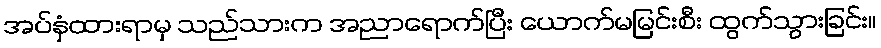
အပ်နှံထားရာမှ သည်သားက အညာရောက်ပြီး ယောက်မမြင်းစီး ထွက်သွားခြင်း။